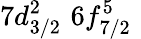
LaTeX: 7d_{3/2}^{2}\, \, 6f_{7/2}^{5}\, \,